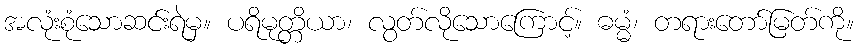
အလုံးစုံသောဆင်းရဲမှ။ ပရိမုတ္တိယာ၊ လွတ်လိုသောကြောင့်။ ဓမ္မံ၊ တရားတော်မြတ်ကို။